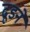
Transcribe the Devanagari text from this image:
ढूडने